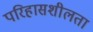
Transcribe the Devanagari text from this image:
परिहासशीलता